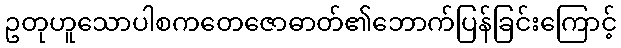
ဥတုဟူသောပါစကတေဇောဓာတ်၏ဘောက်ပြန်ခြင်းကြောင့်